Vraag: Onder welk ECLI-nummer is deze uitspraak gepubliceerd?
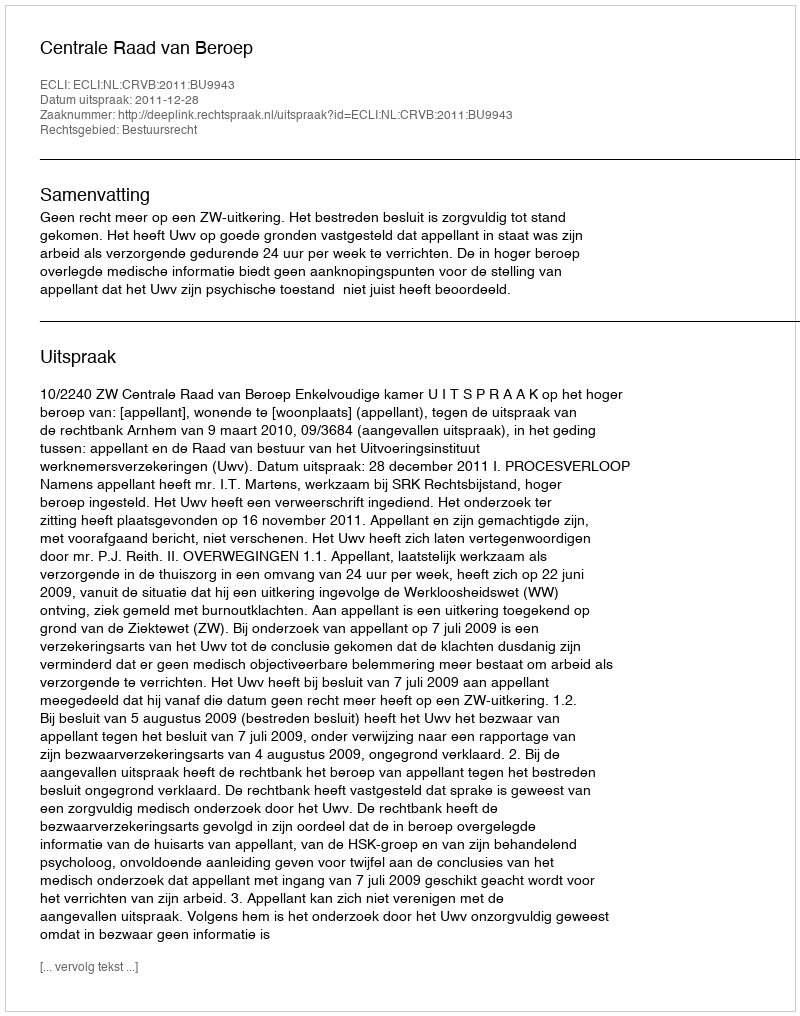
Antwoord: ECLI:NL:CRVB:2011:BU9943